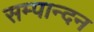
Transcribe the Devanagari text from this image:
सम्पान्दन